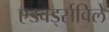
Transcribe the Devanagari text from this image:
एडवर्ड्सविले